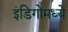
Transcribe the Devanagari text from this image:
इंडिगोमध्ये